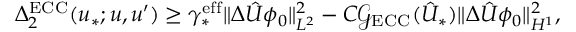
\Delta _ { 2 } ^ { \mathrm { E C C } } ( u _ { * } ; u , u ^ { \prime } ) \geq \gamma _ { * } ^ { \mathrm { e f f } } \Vert \Delta \hat { U } \phi _ { 0 } \Vert _ { L ^ { 2 } } ^ { 2 } - C \mathcal G _ { \mathrm { E C C } } ( \hat { U } _ { * } ) \Vert \Delta \hat { U } \phi _ { 0 } \Vert _ { H ^ { 1 } } ^ { 2 } ,